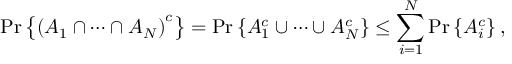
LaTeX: \operatorname* { P r } \left\{ \left( A _ { 1 } \cap \cdots \cap A _ { N } \right) ^ { c } \right\} = \operatorname* { P r } \left\{ A _ { 1 } ^ { c } \cup \cdots \cup A _ { N } ^ { c } \right\} \leq \sum _ { i = 1 } ^ { N } \operatorname* { P r } \left\{ A _ { i } ^ { c } \right\} ,